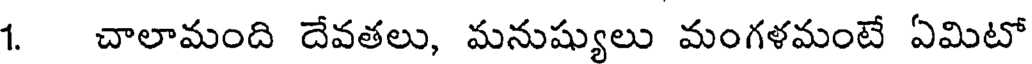
1. చాలామంది దేవతలు, మనుష్యులు మంగళమంటే ఏమిటో